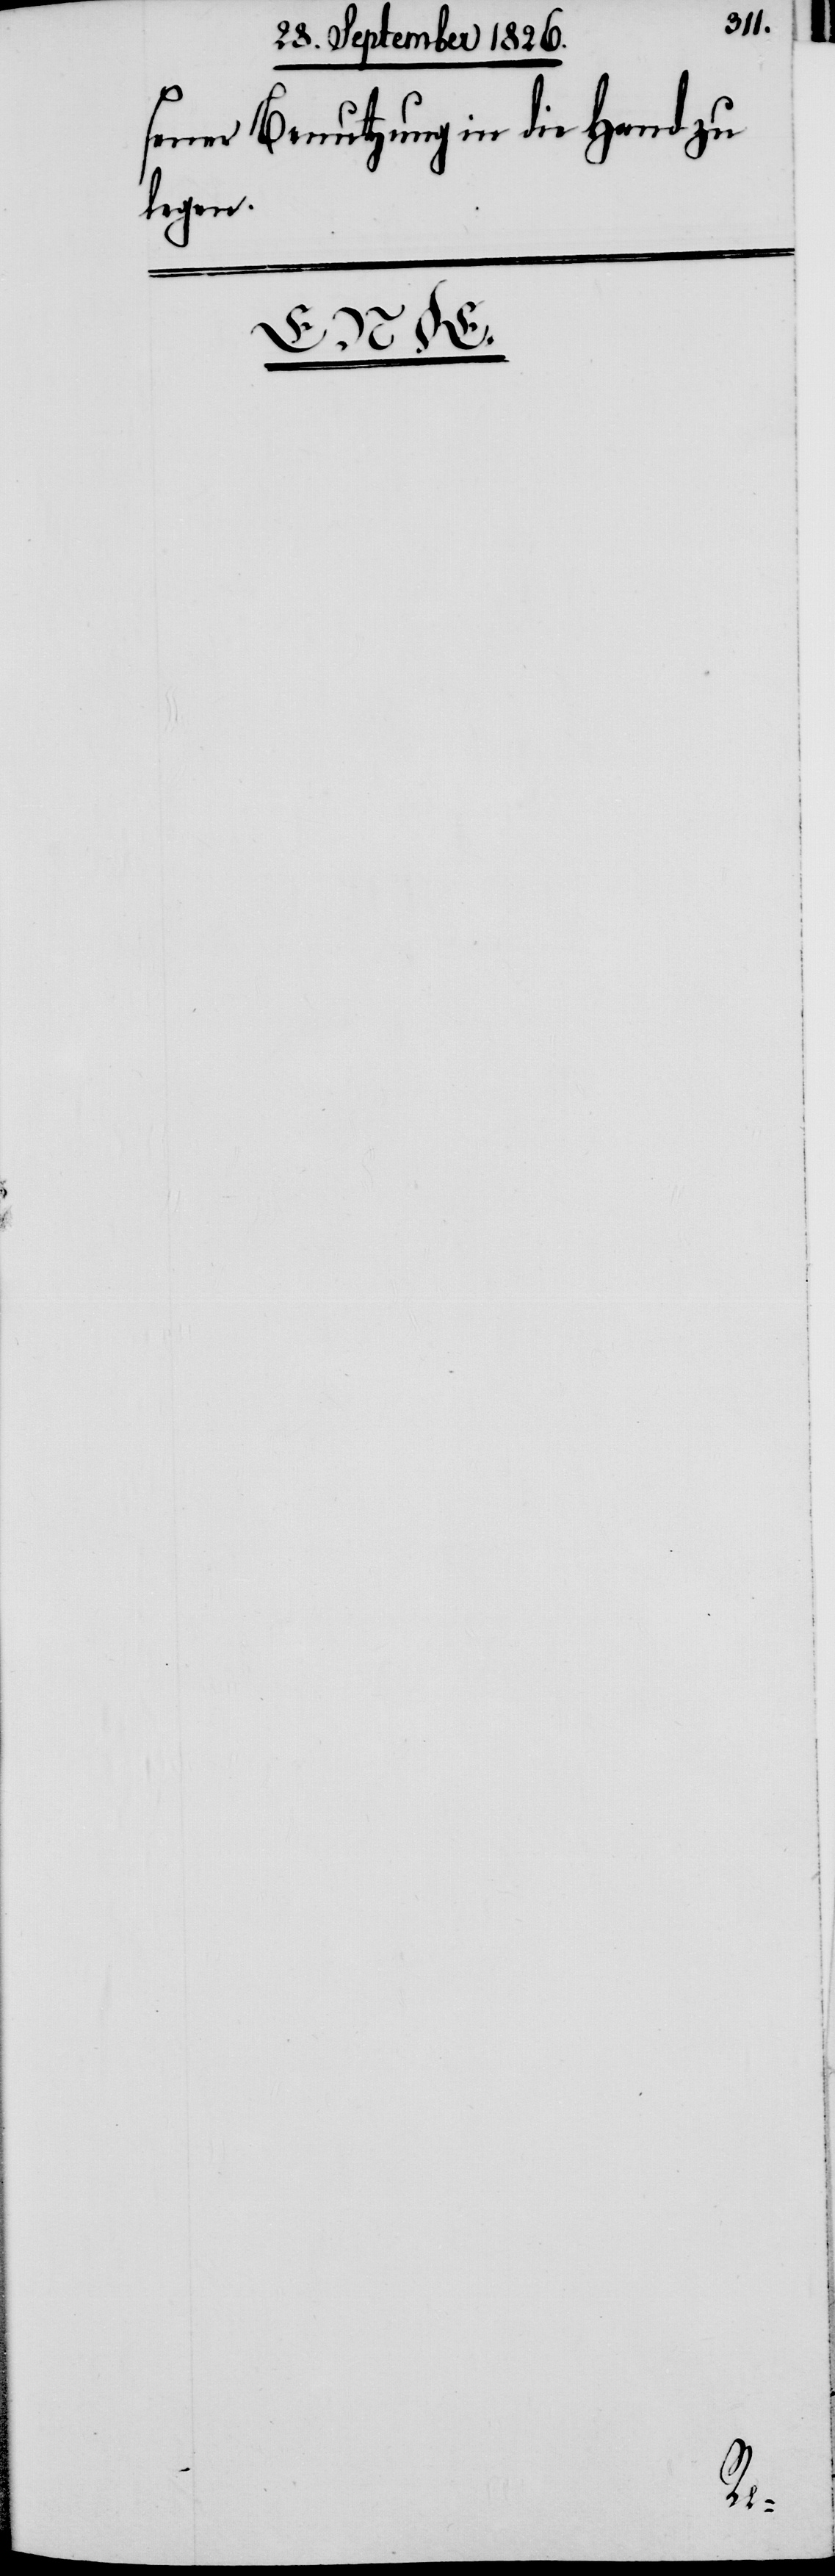
sener Benutzung in die Hand zu
legen.